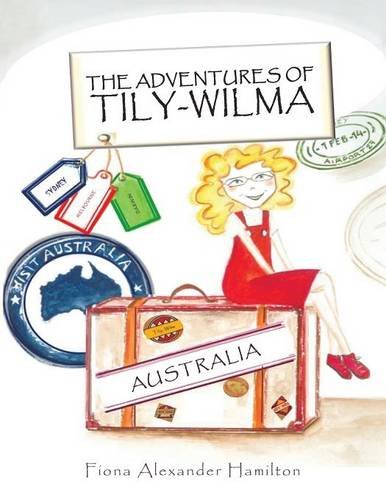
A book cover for The Adventures Of Tily-Wilma: Australia; Fiona Alexander Hamilton; Children's Books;